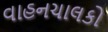
વાહનચાલકો